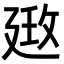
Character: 𢌦